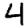
Digit: 4